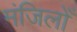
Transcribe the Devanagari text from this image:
मंजिलोँ